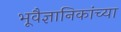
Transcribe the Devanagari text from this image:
भूवैज्ञानिकांच्या